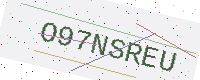
Text: O97NSREU